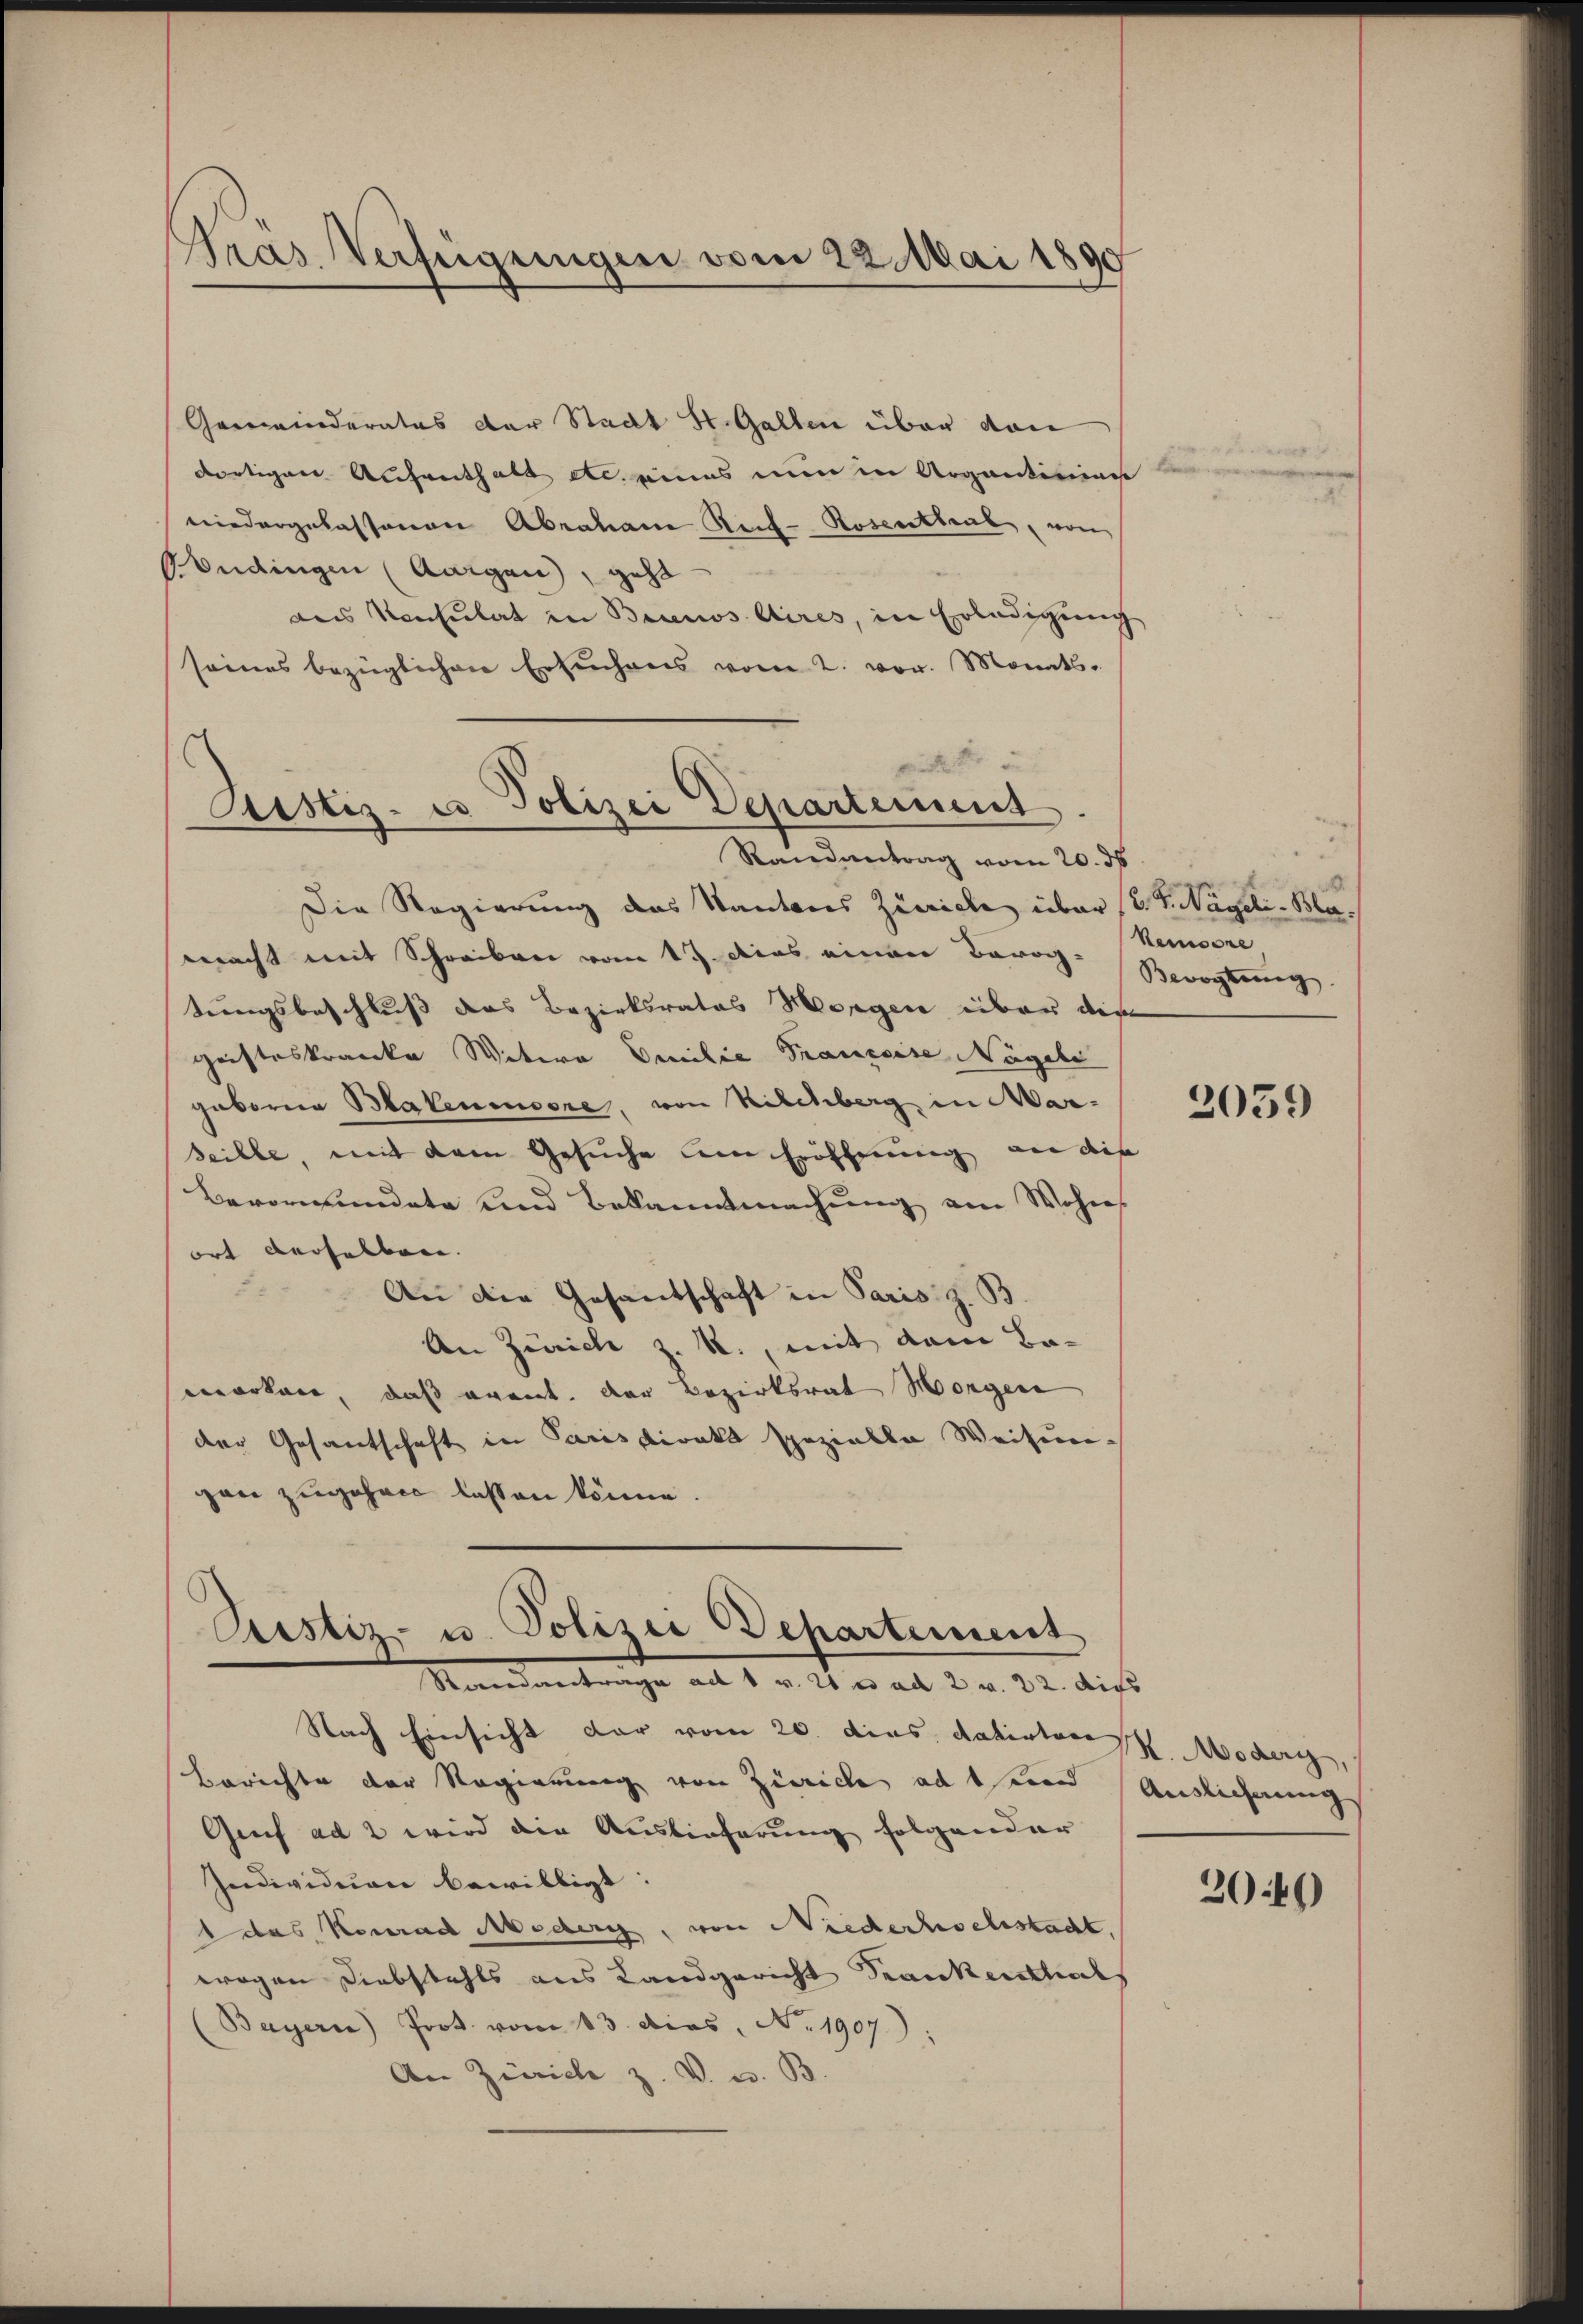
Pras. Verfügungen vom 22. Mai 1890

Gemeinderatus der Stadt St. Gallen über dann
dortigen Aufenthalt etc. eines nun in Argantininge
niedergelassenen Abraham Rich-Rosenthal, von
ndingen (Aargau, geht
des Konsulat in Branos Aires, in Erledigung
seines bezüglichen Ersuchens vom 2. vor. Monats-
Die Regierung des Kantons Zürich über (2. P. Nägeli - Bamacht mit Schreiben vom 17. Das einen Barog. Kemoore
tungsbeschluß das Bezirksrates Morgen über diese
Geisteskranke Witere Emilie Trauzeise Nagels
geborena Blakenicere, von Kilchberg in Mar-
seille, mit dem Gesuche deine Eröffnung an die
Bevormundete und Bekanntmachung am Wohns
ort derselben. |
8
An die Gesandschaft in Paris z. B.
An Zürich z. R., mit dem Bamarken, daß event. der Bezirksrat Morgen
der Gesantschaft in Parisdirekt spezielle Weisung
gan zugehen lassen könne.

Justiz- u Polizei Departement
Randantrag vom 20. ds

Pustiz- u. Polizei Departement
Randentrage an 1. v. 20. e. ad 2. v. 22. dies

Nach Einsicht dar vom 20. dies dahintere Moder,
Berichte der Regierung von Zürich ad sein
Greif ad 2 wird die Auslieferung folgender
Individuen bewilligt:
das Konrad Meder, von Niederhoehestacht,
wogen Diebstahls aus Landgericht Krankenthals
Bayern) Prot. vom 13. das No. 1907):
An Zürich z. V. u. B.

Bevogtung

2059

Auslichnung

2040